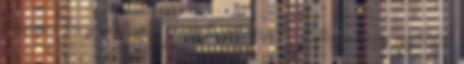
mennyire kényelmetlen? Hogy fogod bírni? Főleg az egyenes hátat,